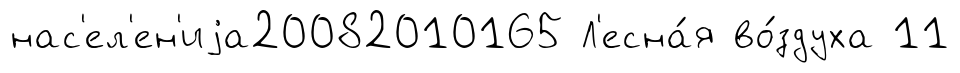
нас'ел'ен'иjа20082010165 Л'есна́я во́здуха 11